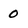
Character: O